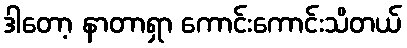
ဒါတော့ နာတာရှာ ကောင်းကောင်းသိတယ်